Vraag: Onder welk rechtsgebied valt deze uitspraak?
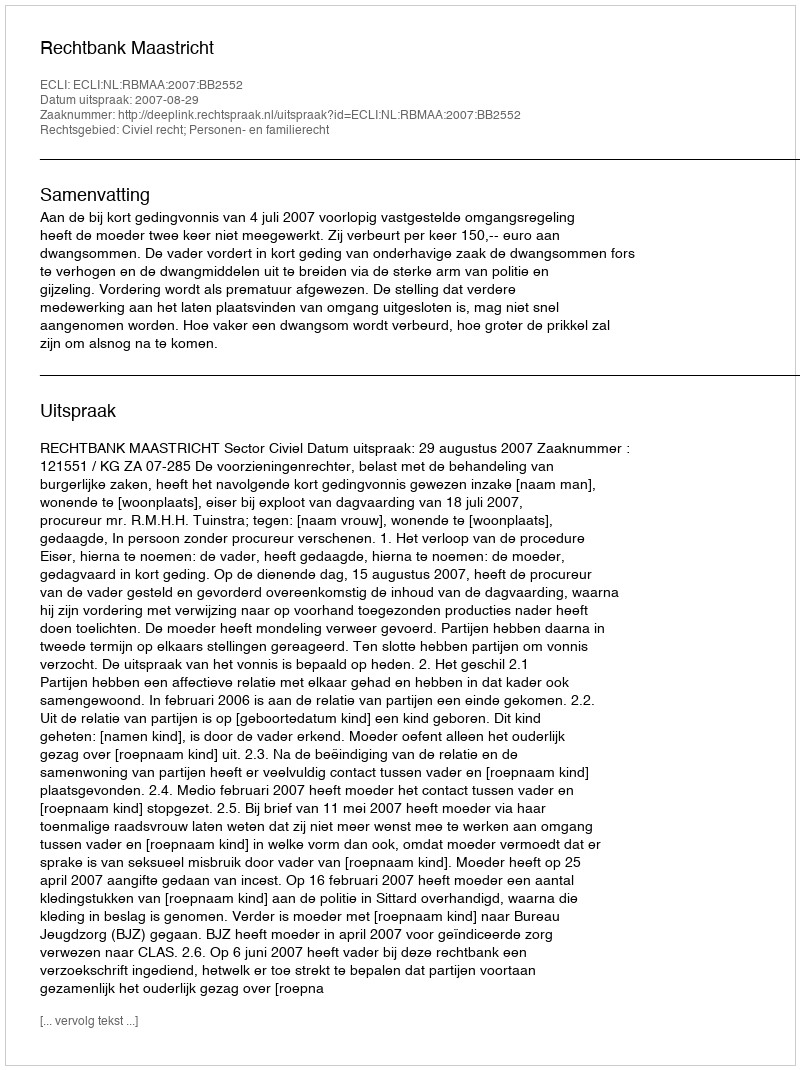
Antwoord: Civiel recht; Personen- en familierecht